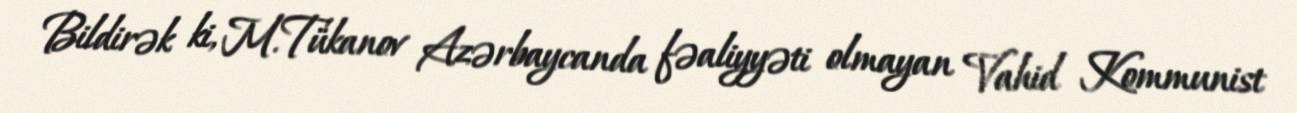
Bildirək ki, M.Tükanov Azərbaycanda fəaliyyəti olmayan Vahid Kommunist